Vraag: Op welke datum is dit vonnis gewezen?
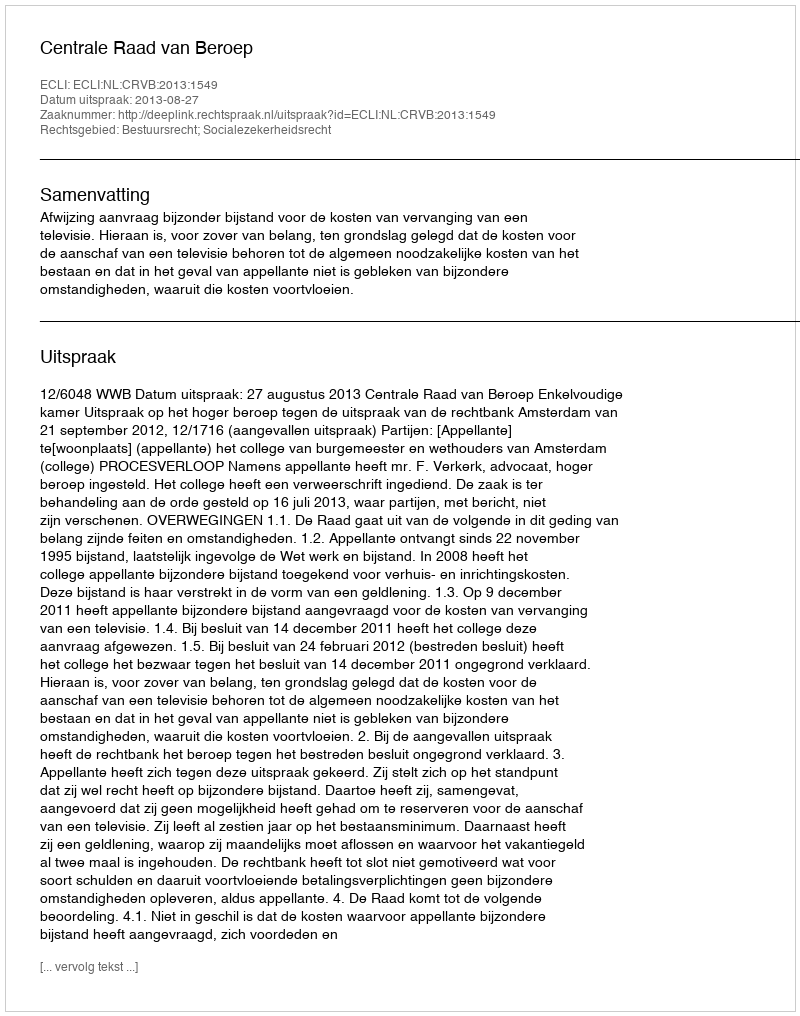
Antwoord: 2013-08-27